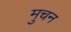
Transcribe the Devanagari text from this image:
मुचन